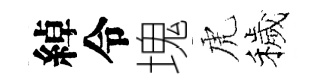
綽令塊虎穢